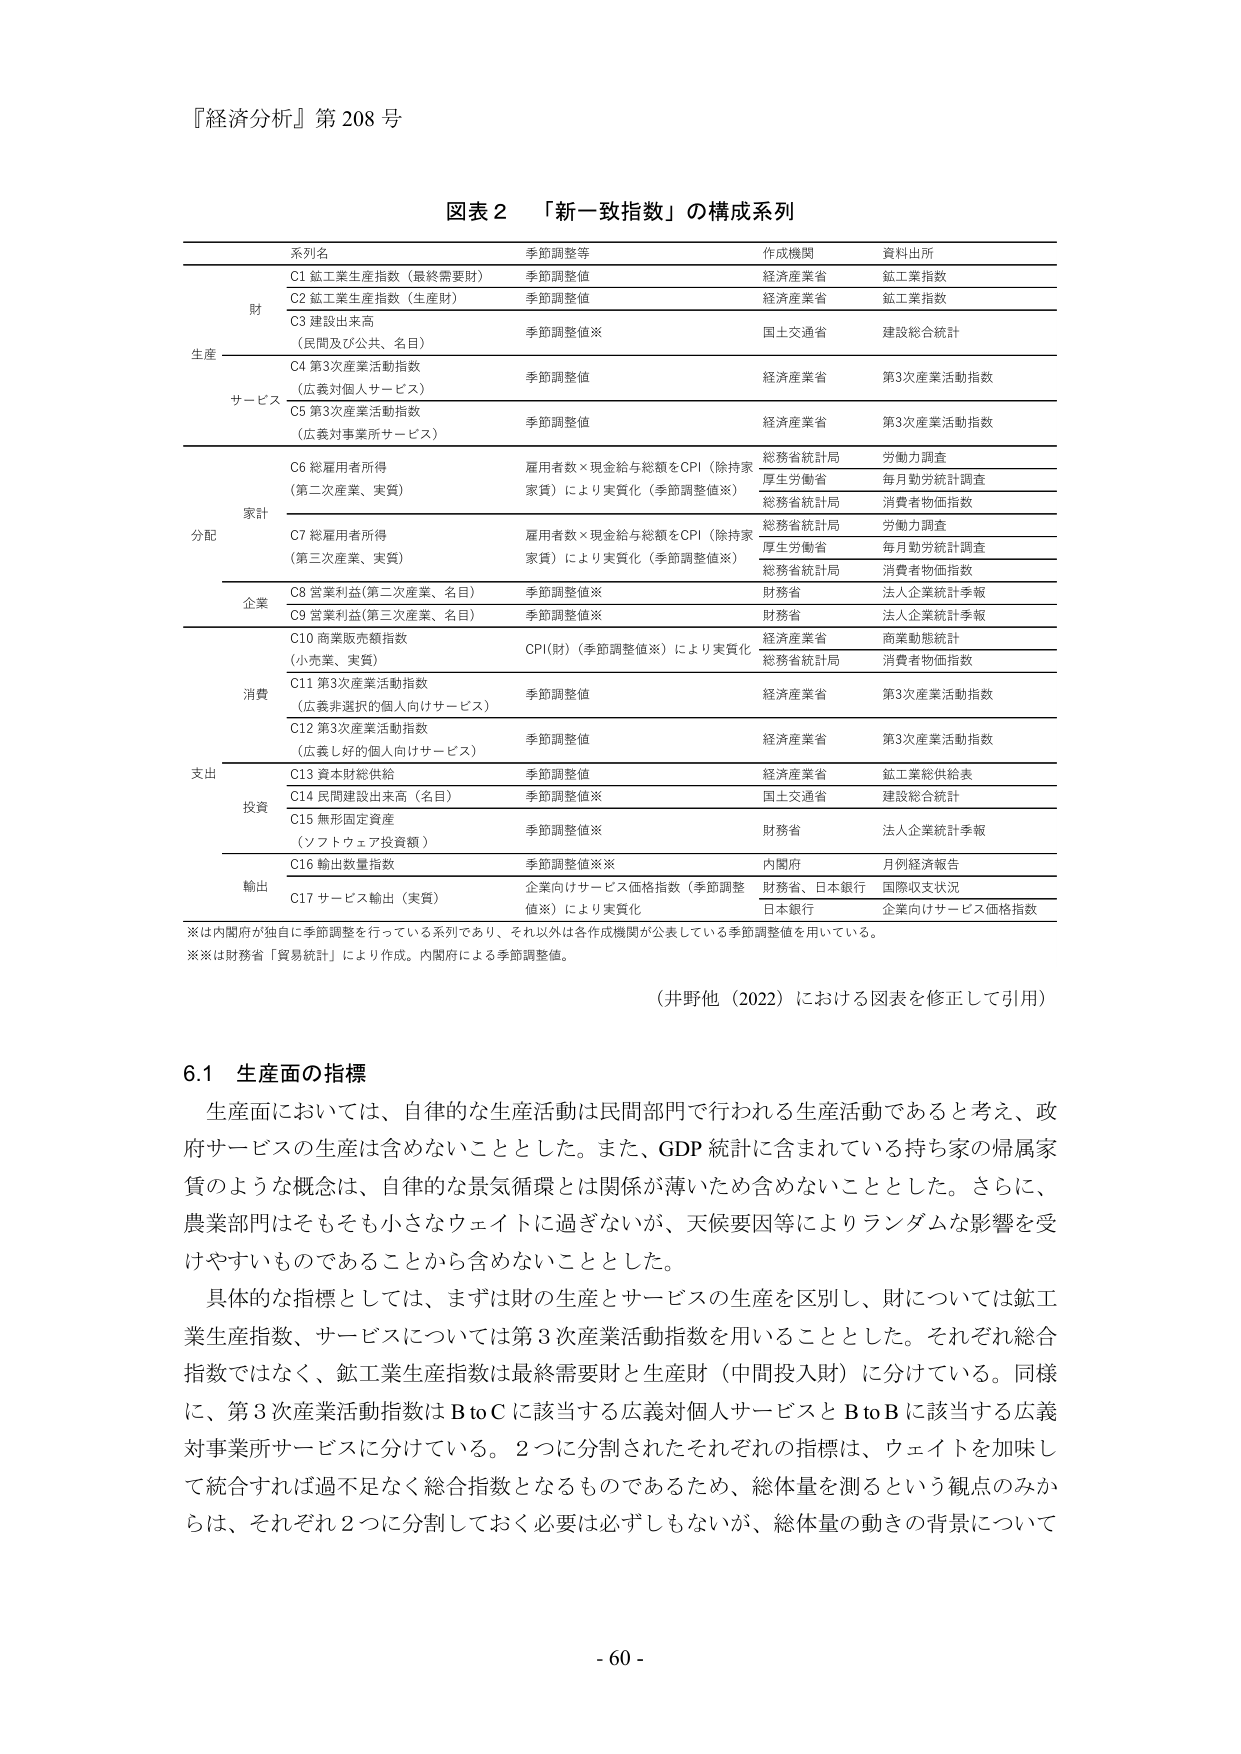
『経済分析』第 208 号

図表 2 「新一致指数」の構成系列

系列名 季節調整等 作成機関 資料出所

生産
財
C1 鉱工業生産指数（最終需要財） 季節調整値 経済産業省 鉱工業指数
C2 鉱工業生産指数（生産財） 季節調整値 経済産業省 鉱工業指数
C3 建設出来高 （民間及び公共、名目） 季節調整値※ 国土交通省 建設総合統計
C4 第3次産業活動指数 （広義対個人サービス） 季節調整値 経済産業省 第3次産業活動指数
C5 第3次産業活動指数 （広義対事業所サービス） 季節調整値 経済産業省 第3次産業活動指数

分配
家計
C6 総雇用者所得 （第二次産業、実質） 雇用者数×現金給与総額をCPI（除持家 家賃）により実質化（季節調整値※） 総務省統計局 労働力調査
厚生労働省 毎月勤労統計調査
C7 総雇用者所得 （第三次産業、実質） 雇用者数×現金給与総額をCPI（除持家 家賃）により実質化（季節調整値※） 総務省統計局 労働力調査
厚生労働省 毎月勤労統計調査
企業
C8 営業利益(第二次産業、名目) 季節調整値※ 財務省 法人企業統計季報
C9 営業利益(第三次産業、名目) 季節調整値※ 財務省 法人企業統計季報

支出
消費
C10 商業販売額指数 （小売業、実質） CPI(財)（季節調整値※）により実質化 経済産業省 商業動態統計
総務省統計局 消費者物価指数
C11 第3次産業活動指数 （広義非選択的個人向けサービス） 季節調整値 経済産業省 第3次産業活動指数
C12 第3次産業活動指数 （広義し好的個人向けサービス） 季節調整値 経済産業省 第3次産業活動指数

投資
C13 資本財総供給 季節調整値 経済産業省 鉱工業総供給表
C14 民間建設出来高（名目） 季節調整値※ 国土交通省 建設総合統計
C15 無形固定資産 （ソフトウェア投資額） 季節調整値※ 財務省 法人企業統計季報

輸出
C16 輸出数量指数 季節調整値※※ 内閣府 月例経済報告
C17 サービス輸出（実質） 企業向けサービス価格指数（季節調整 値※）により実質化 財務省、日本銀行 国際収支状況
日本銀行 企業向けサービス価格指数

※は内閣府が独自に季節調整を行っている系列であり、それ以外は各作成機関が公表している季節調整値を用いている。
※※は財務省「貿易統計」により作成。内閣府による季節調整値。

（井野他（2022）における図表を修正して引用）

6.1 生産面の指標

生産面においては、自律的な生産活動は民間部門で行われる生産活動であると考え、政府サービスの生産は含めないこととした。また、GDP 統計に含まれている持ち家の帰属家賃のような概念は、自律的な景気循環とは関係が薄いため含めないこととした。さらに、農業部門はそもそも小さなウェイトに過ぎないが、天候要因等によりランダムな影響を受けやすいものであることから含めないこととした。

具体的な指標としては、まずは財の生産とサービスの生産を区別し、財については鉱工業生産指数、サービスについては第3次産業活動指数を用いることとした。それぞれ総合指数ではなく、鉱工業生産指数は最終需要財と生産財（中間投入財）に分けている。同様に、第3次産業活動指数はB to Cに該当する広義対個人サービスとB to Bに該当する広義対事業所サービスに分けている。2つに分割されたそれぞれの指標は、ウェイトを加味して統合すれば過不足なく総合指数となるものであるため、総体量を測るという観点のみからは、それぞれ2つに分割しておく必要は必ずしもないが、総体量の動きの背景について

- 60 -